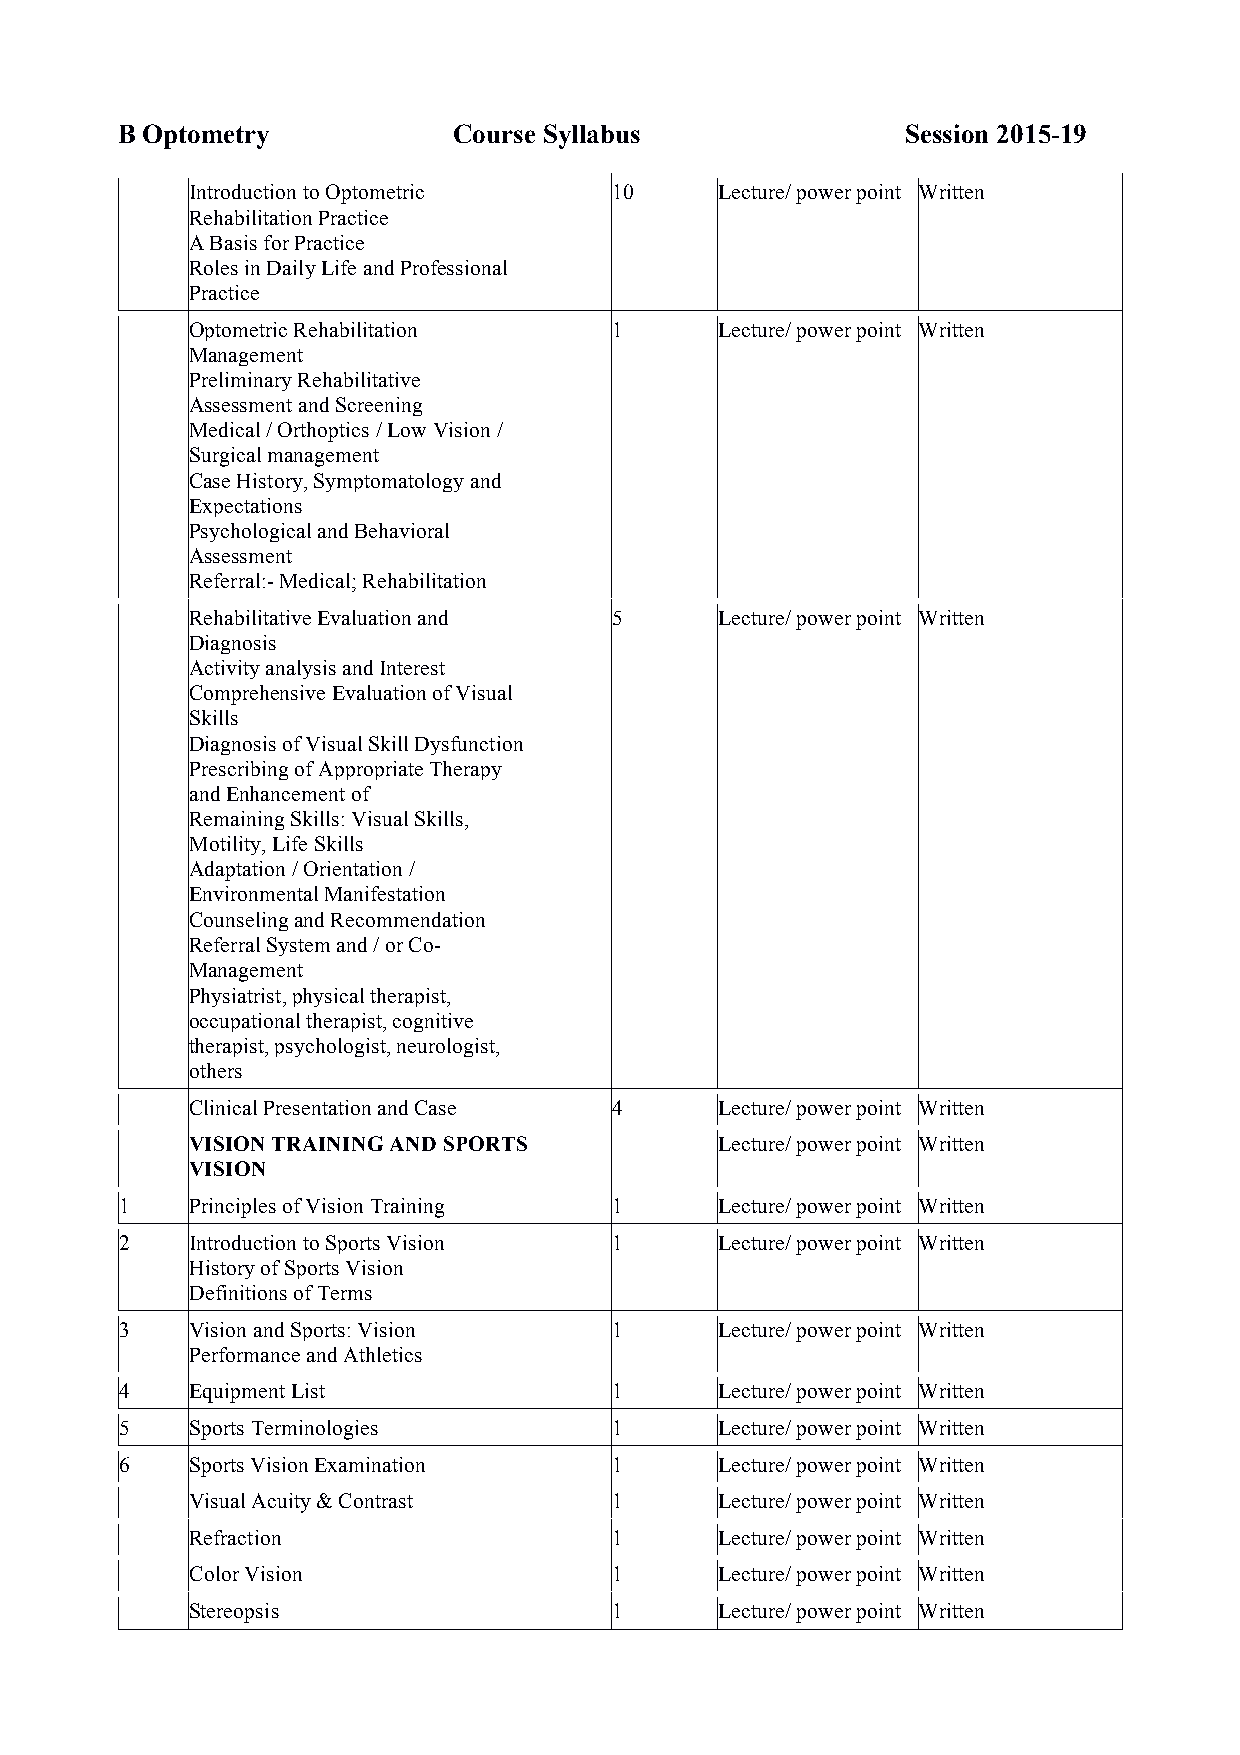
B Optometry           Course Syllabus               Session 2015-19
 Introduction to Optometric  10     Lecture/ power point Written
 Rehabilitation Practice
 A Basis for Practice
 Roles in Daily Life and Professional
 Practice
 Optometric Rehabilitation   1      Lecture/ power point Written
 Management
 Preliminary Rehabilitative
 Assessment and Screening
 Medical / Orthoptics / Low Vision /
 Surgical management
 Case History, Symptomatology and
 Expectations
 Psychological and Behavioral
 Assessment
 Referral:- Medical; Rehabilitation
 Rehabilitative Evaluation and 5    Lecture/ power point Written
 Diagnosis
 Activity analysis and Interest
 Comprehensive Evaluation of Visual
 Skills
 Diagnosis of Visual Skill Dysfunction
 Prescribing of Appropriate Therapy
 and Enhancement of
 Remaining Skills: Visual Skills,
 Motility, Life Skills
 Adaptation / Orientation /
 Environmental Manifestation
 Counseling and Recommendation
 Referral System and / or Co-
 Management
 Physiatrist, physical therapist,
 occupational therapist, cognitive
 therapist, psychologist, neurologist,
 others
 Clinical Presentation and Case 4   Lecture/ power point Written
 VISION TRAINING AND SPORTS         Lecture/ power point Written
 VISION
 1    Principles of Vision Training 1    Lecture/ power point Written
 2    Introduction to Sports Vision 1    Lecture/ power point Written
 History of Sports Vision
 Definitions of Terms
 3    Vision and Sports: Vision   1      Lecture/ power point Written
 Performance and Athletics
 4    Equipment List              1      Lecture/ power point Written
 5    Sports Terminologies        1      Lecture/ power point Written
 6    Sports Vision Examination   1      Lecture/ power point Written
 Visual Acuity & Contrast    1      Lecture/ power point Written
 Refraction                  1      Lecture/ power point Written
 Color Vision                1      Lecture/ power point Written
 Stereopsis                  1      Lecture/ power point Written